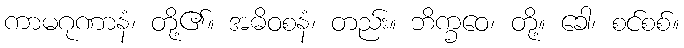
ကာမဂုဏာနံ၊ တို့၏။ အဓိဝစနံ၊ တည်း။ ဘိက္ခဝေ၊ တို့။ ခေါ၊ စင်စစ်။